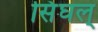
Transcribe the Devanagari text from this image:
सिंघल्